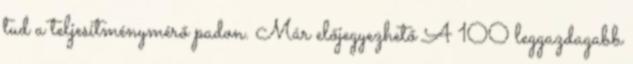
tud a teljesítménymérő padon. Már előjegyezhető A 100 leggazdagabb